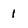
Character: 1